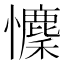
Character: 𢥄